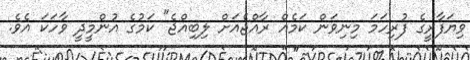
ވިޔަފާރީގެ ފުރިހަމަ މިނިވަން ކަމެއް ރާއްޖެއަށް ލިބިއްޖެ" ކަމުގެ އުންމީދީ ވާހަކަ އެވެ.